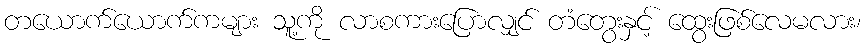
တယောက်ယောက်ကများ သူ့ကို လာစကားပြောလျှင် တံတွေးနှင့် ထွေးဖြစ်လေမလား၊